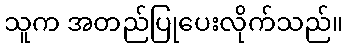
သူက အတည်ပြုပေးလိုက်သည်။